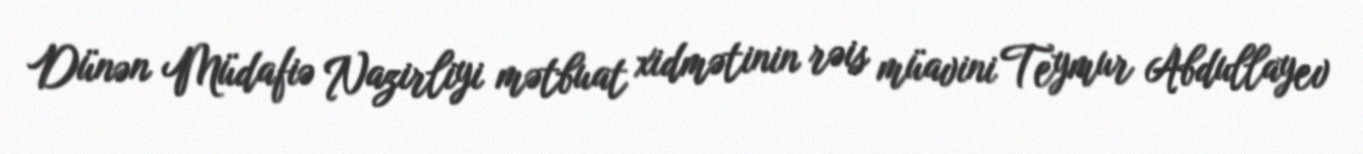
Dünən Müdafiə Nazirliyi mətbuat xidmətinin rəis müavini Teymur Abdullayev